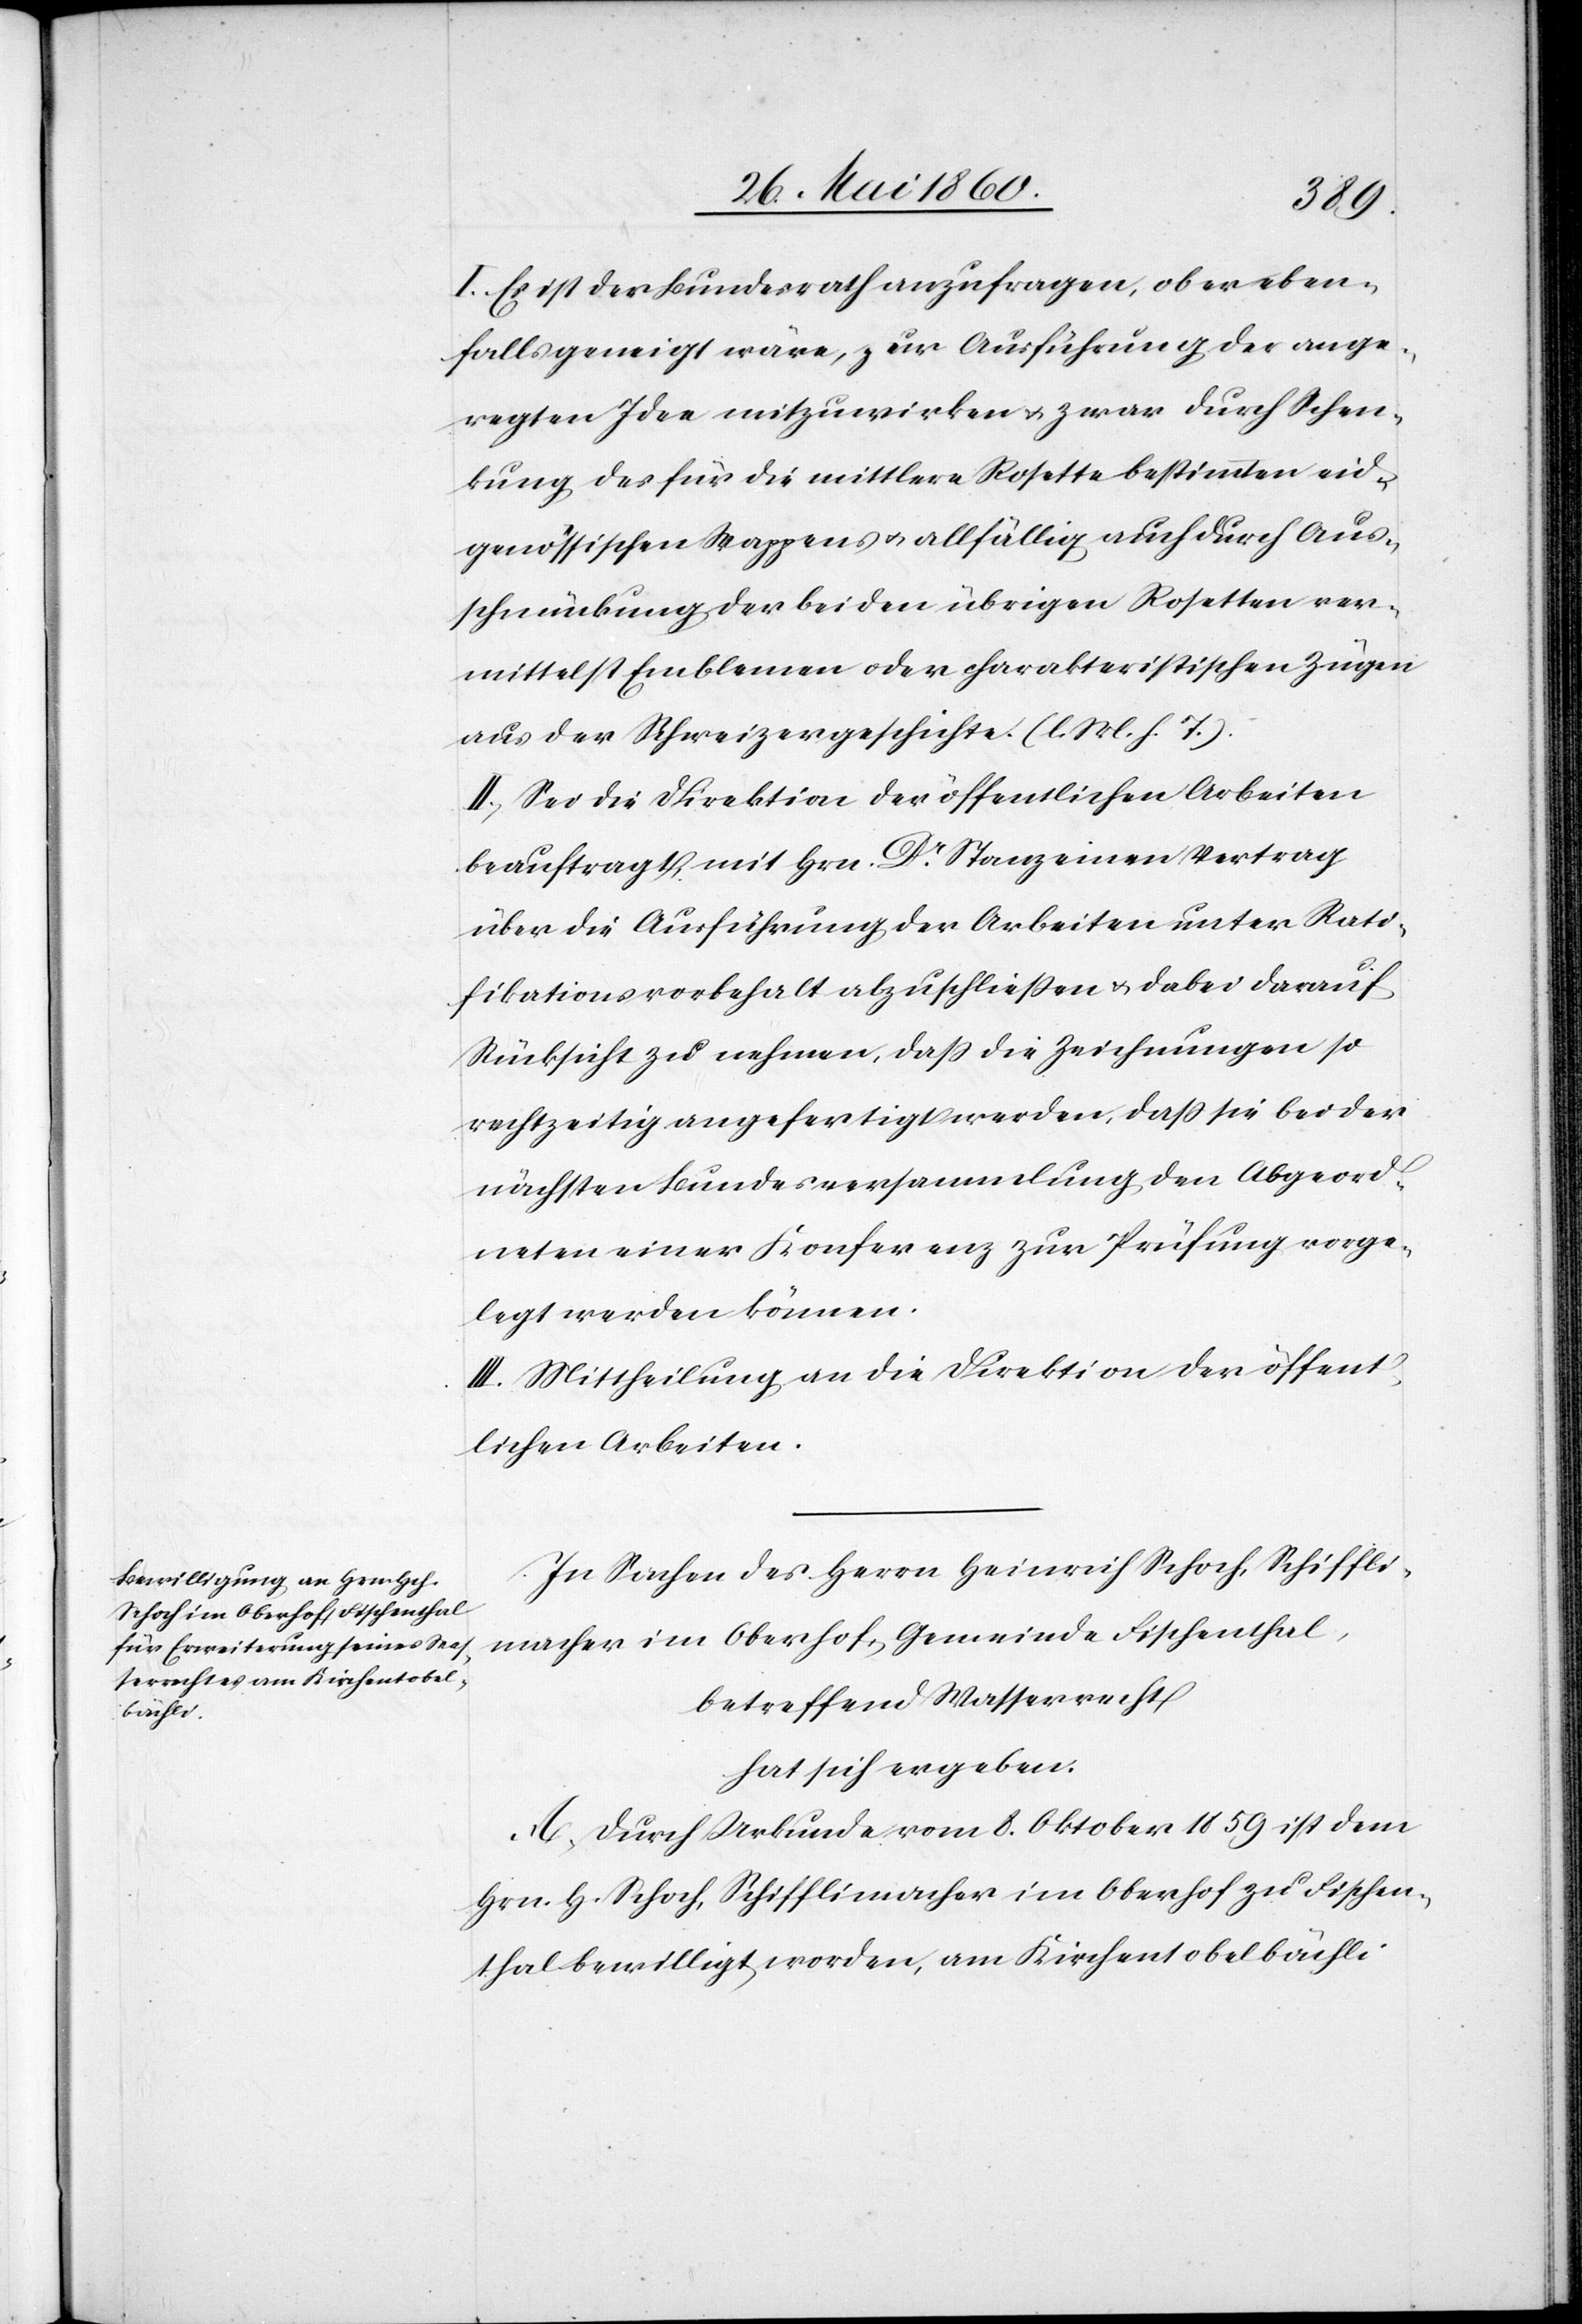
I. Es ist der Bundesrath anzufragen, ob er eben¬
falls geneigt wäre, zur Ausführung der ange¬
regten Idee mitzuwirken u. zwar durch Schen¬
kung des für die mittlere Rosette bestimmten eid¬
genössischen Wappens u. allfällig auch durch Aus¬
schmückung der bei den übrigen Rosetten ver¬
mittelst Emblemen oder charakteristischen Zügen
aus der Schweizergeschichte. (l. M. h. T.).
II. Sei die Direktion der öffentlichen Arbeiten
beauftragt mit Hrn. Dr Stanz einen Vertrag
über die Ausführung der Arbeiten unter Rati¬
fikationsvorbehalt abzuschließen u. dabei darauf
Rücksicht zu nehmen, dass die Zeichnungen so
rechtzeitig angefertigt werden, dass sie bei der
nächsten Bundesversammlung den Abgeord¬
neten einer Konferenz zur Prüfung vorge¬
legt werden können.
III. Mittheilung an die Direktion der öffent¬
lichen Arbeiten.
In Sachen des Herrn Heinrich Schoch, Schiffli¬
macher im Oberhof, Gemeinde Fischenthal,
betreffend Wasserrecht
hat sich ergeben:
A. Durch Urkunde vom 8. Oktober 1859 ist dem
Hrn. H. Schoch, Schifflimacher im Oberhof zu Fischen¬
thal bewilligt worden, am Kirchentobelbächli